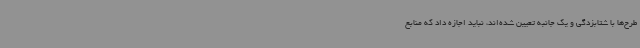
طرح‌ها با شتابزدگی و یک جانبه تعیین شده‌اند، نباید اجازه داد که منابع